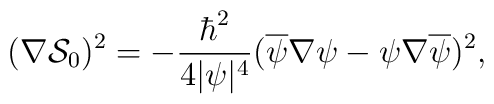
(\nabla\mathcal{S}_0)^2=-{\hbar^2\over4|\psi|^4}(\overline \psi\nabla\psi -\psi\nabla\overline\psi)^2,